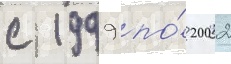
с 1999 по́ 2002